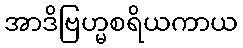
အာဒိဗြဟ္မစရိယကာယ